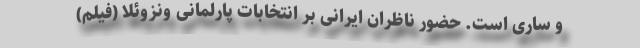
و ساری است. حضور ناظران ایرانی بر انتخابات پارلمانی ونزوئلا (فیلم)